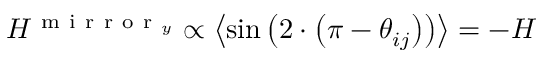
H ^ { \mathrm { ~ m ~ i ~ r ~ r ~ o ~ r ~ } _ { y } } \propto \left< \sin { \left( 2 \cdot \left( \pi - \theta _ { i j } \right) \right) } \right> = - H